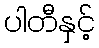
ပါတီနှင့်